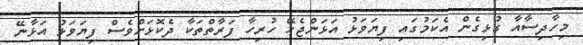
މިހާދިސާއާ ގުޅިގެން އެކަމުގައި ފިޔަވަޅު އަޅަންޖެހޭ ހުރިހާ ފަރާތްތަކާ ދެކޮޅަށްވެސް ފިޔަވަޅު އަޅާނޭ